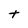
Character: t